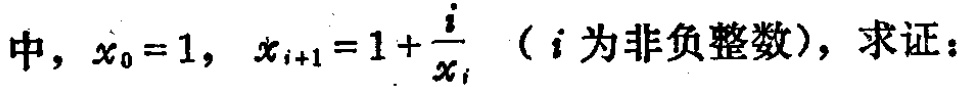
中，\(x_{0}=1\)，\(x_{i + 1}=1+\frac{i}{x_{i}}\)（\(i\)为非负整数），求证：